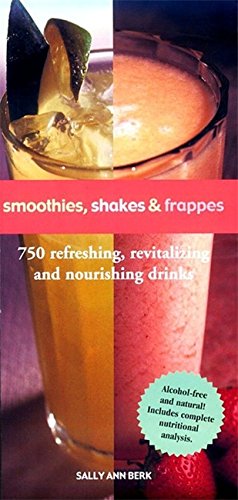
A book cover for Smoothies, Shakes & Frappes; Sally Ann Berk; Cookbooks, Food & Wine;